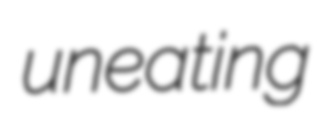
uneating